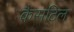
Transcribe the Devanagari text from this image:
कैसटिल